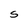
Character: S